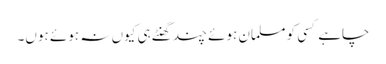
چاہے کسی کو مسلمان ہوئے چند گھنٹے ہی کیوں نہ ہوئے ہوں۔